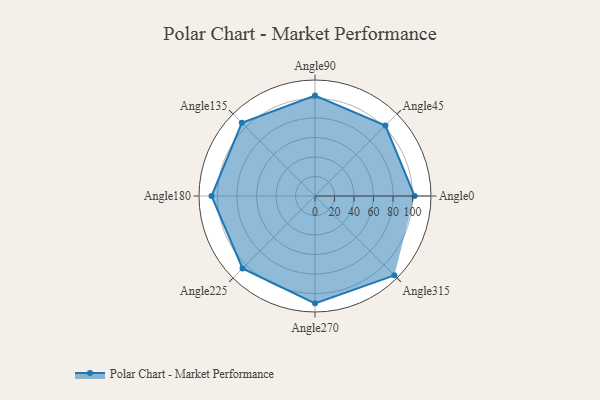
{"axis": {"x": "Angle", "y": "Radius"}, "legend": [""], "data": [{"x": "Angle0", "y": 102.0, "type": ""}, {"x": "Angle45", "y": 102.0, "type": ""}, {"x": "Angle90", "y": 103.0, "type": ""}, {"x": "Angle135", "y": 106.0, "type": ""}, {"x": "Angle180", "y": 106.0, "type": ""}, {"x": "Angle225", "y": 105.0, "type": ""}, {"x": "Angle270", "y": 110.0, "type": ""}, {"x": "Angle315", "y": 115.0, "type": ""}]}